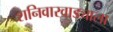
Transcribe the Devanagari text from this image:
शनिवारवाड्याला